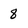
Character: 8